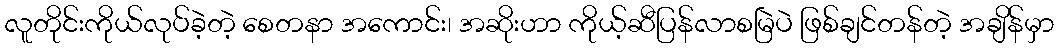
လူတိုင်းကိုယ်လုပ်ခဲ့တဲ့ စေတနာ အကောင်း၊ အဆိုးဟာ ကိုယ့်ဆီပြန်လာစမြဲပဲ ဖြစ်ချင်တန်တဲ့ အချိန်မှာ